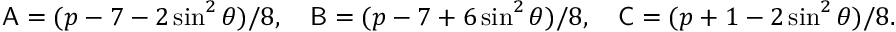
{ \sf A } = ( p - 7 - 2 \sin ^ { 2 } \theta ) / 8 , \ \ \ { \sf B } = ( p - 7 + 6 \sin ^ { 2 } \theta ) / 8 , \ \ \ { \sf C } = ( p + 1 - 2 \sin ^ { 2 } \theta ) / 8 .